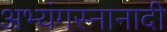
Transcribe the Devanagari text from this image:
अभ्यंगस्नानादी